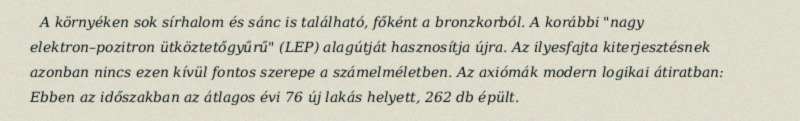
A környéken sok sírhalom és sánc is található, főként a bronzkorból. A korábbi "nagy elektron–pozitron ütköztetőgyűrű" (LEP) alagútját hasznosítja újra. Az ilyesfajta kiterjesztésnek azonban nincs ezen kívül fontos szerepe a számelméletben. Az axiómák modern logikai átiratban: Ebben az időszakban az átlagos évi 76 új lakás helyett, 262 db épült.